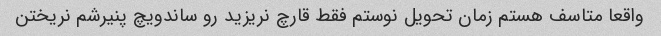
واقعا متاسف هستم زمان تحویل نوستم فقط قارچ نریزید رو ساندویچ پنیرشم نریختن